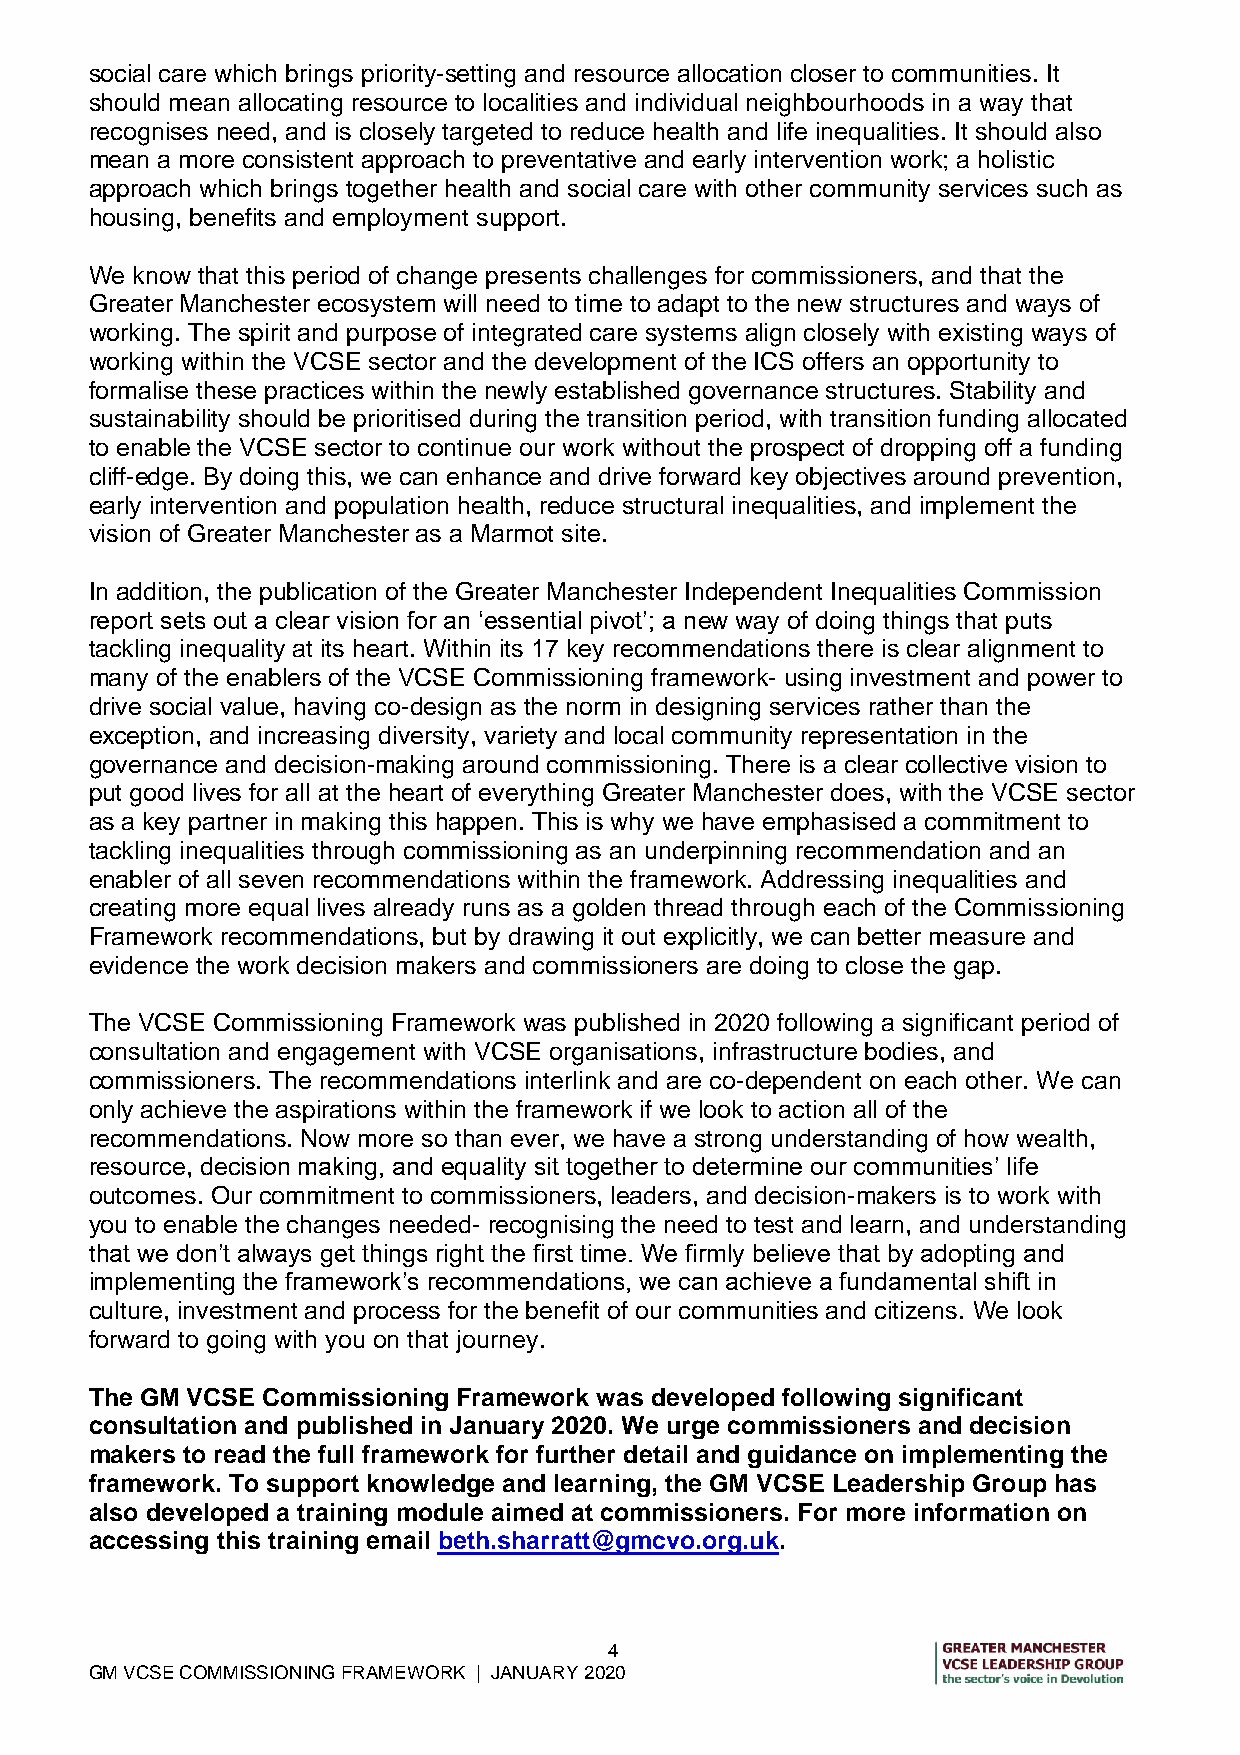
social care which brings priority-setting and resource allocation closer to communities. It
 should mean allocating resource to localities and individual neighbourhoods in a way that
 recognises need, and is closely targeted to reduce health and life inequalities. It should also
 mean a more consistent approach to preventative and early intervention work; a holistic
 approach which brings together health and social care with other community services such as
 housing, benefits and employment support.
 We know that this period of change presents challenges for commissioners, and that the
 Greater Manchester ecosystem will need to time to adapt to the new structures and ways of
 working. The spirit and purpose of integrated care systems align closely with existing ways of
 working within the VCSE sector and the development of the ICS offers an opportunity to
 formalise these practices within the newly established governance structures. Stability and
 sustainability should be prioritised during the transition period, with transition funding allocated
 to enable the VCSE sector to continue our work without the prospect of dropping off a funding
 cliff-edge. By doing this, we can enhance and drive forward key objectives around prevention,
 early intervention and population health, reduce structural inequalities, and implement the
 vision of Greater Manchester as a Marmot site.
 In addition, the publication of the Greater Manchester Independent Inequalities Commission
 report sets out a clear vision for an ‘essential pivot’; a new way of doing things that puts
 tackling inequality at its heart. Within its 17 key recommendations there is clear alignment to
 many of the enablers of the VCSE Commissioning framework- using investment and power to
 drive social value, having co-design as the norm in designing services rather than the
 exception, and increasing diversity, variety and local community representation in the
 governance and decision-making around commissioning. There is a clear collective vision to
 put good lives for all at the heart of everything Greater Manchester does, with the VCSE sector
 as a key partner in making this happen. This is why we have emphasised a commitment to
 tackling inequalities through commissioning as an underpinning recommendation and an
 enabler of all seven recommendations within the framework. Addressing inequalities and
 creating more equal lives already runs as a golden thread through each of the Commissioning
 Framework recommendations, but by drawing it out explicitly, we can better measure and
 evidence the work decision makers and commissioners are doing to close the gap.
 The VCSE Commissioning Framework was published in 2020 following a significant period of
 consultation and engagement with VCSE organisations, infrastructure bodies, and
 commissioners. The recommendations interlink and are co-dependent on each other. We can
 only achieve the aspirations within the framework if we look to action all of the
 recommendations. Now more so than ever, we have a strong understanding of how wealth,
 resource, decision making, and equality sit together to determine our communities’ life
 outcomes. Our commitment to commissioners, leaders, and decision-makers is to work with
 you to enable the changes needed- recognising the need to test and learn, and understanding
 that we don’t always get things right the first time. We firmly believe that by adopting and
 implementing the framework’s recommendations, we can achieve a fundamental shift in
 culture, investment and process for the benefit of our communities and citizens. We look
 forward to going with you on that journey.
 The GM VCSE Commissioning Framework was developed following significant
 consultation and published in January 2020. We urge commissioners and decision
 makers to read the full framework for further detail and guidance on implementing the
 framework. To support knowledge and learning, the GM VCSE Leadership Group has
 also developed a training module aimed at commissioners. For more information on
 accessing this training email beth.sharratt@gmcvo.org.uk.
 4
 GM VCSE COMMISSIONING FRAMEWORK | JANUARY 2020